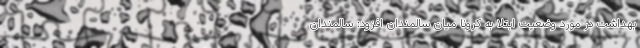
بهداشت در مورد وضعیت ابتلا به کرونا میان سالمندان افزود: سالمندان